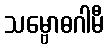
သမ္ဗောဓဂါမီ